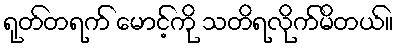
ရုတ်တရက် မောင့်ကို သတိရလိုက်မိတယ်။